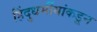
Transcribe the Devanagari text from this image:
हिंदुधर्मीयांकडून